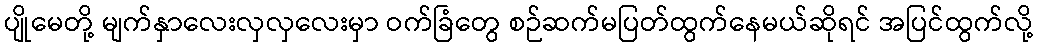
ပျိုမေတို့ မျက်နှာလေးလှလှလေးမှာ ဝက်ခြံတွေ စဉ်ဆက်မပြတ်ထွက်နေမယ်ဆိုရင် အပြင်ထွက်လို့